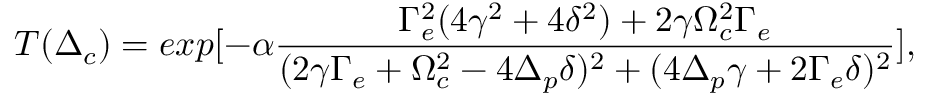
T ( \Delta _ { c } ) = e x p [ - \alpha \frac { \Gamma _ { e } ^ { 2 } ( 4 \gamma ^ { 2 } + 4 \delta ^ { 2 } ) + 2 \gamma \Omega _ { c } ^ { 2 } \Gamma _ { e } } { ( 2 \gamma \Gamma _ { e } + \Omega _ { c } ^ { 2 } - 4 \Delta _ { p } \delta ) ^ { 2 } + ( 4 \Delta _ { p } \gamma + 2 \Gamma _ { e } \delta ) ^ { 2 } } ] ,